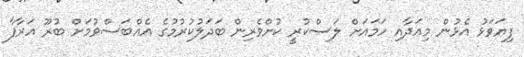
ފިޔަވަޅު އެޅުން މިއަދާއި ހަމައަށް ލަސްކުރީ ކުށްވެރިން ބަދަލުކުރުމުގެ އެއްބަސްވުމަށް ބުރޫ އަރާފާ